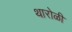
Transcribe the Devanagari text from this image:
थारोळी